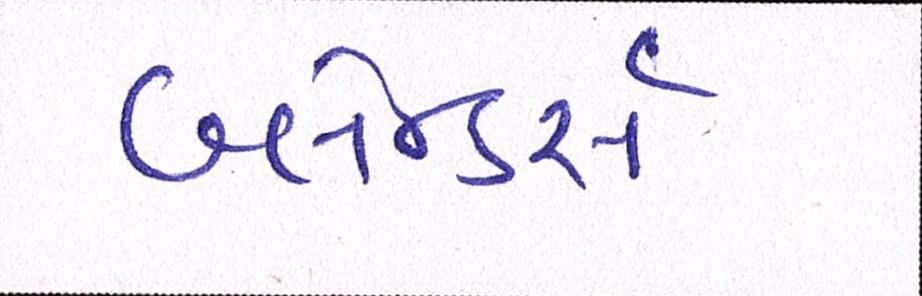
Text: બ્લેન્ડર્સ